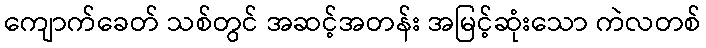
ကျောက်ခေတ် သစ်တွင် အဆင့်အတန်း အမြင့်ဆုံးသော ကဲလတစ်